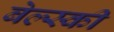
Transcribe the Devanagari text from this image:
बेल्स्की